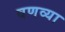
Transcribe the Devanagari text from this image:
वणव्या